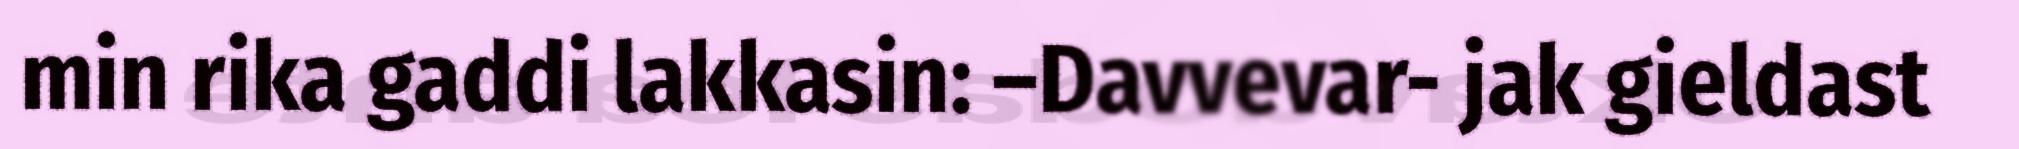
min rika gaddi lakkasin: –Davvevar- jak gieldast